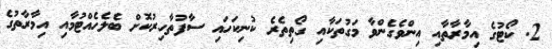
2. ކޯޓުގެ އިމާރާތާއި އިންވެގެންވާ މަގުތަކާއި ގޯތިތެރެ ކުނިކަހައި ސާފުތާހިރުކޮށް ބެލެހެއްޓުމާއި އިމާރާތުގެ